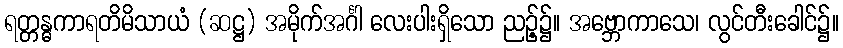
ရတ္တန္ဓကာရတိမိသာယံ (ဆဋ္ဌ) အမိုက်အင်္ဂါ လေးပါးရှိသော ညဉ့်၌။ အဗ္ဘောကာသေ၊ လွင်တီးခေါင်၌။